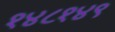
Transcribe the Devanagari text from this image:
१४८१४९